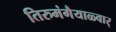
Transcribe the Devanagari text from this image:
तिरुमंगैयाळ्वार्